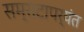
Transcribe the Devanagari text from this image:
सम्राटापर्यंत